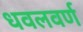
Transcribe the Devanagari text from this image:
धवलवर्ण